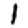
Digit: 1